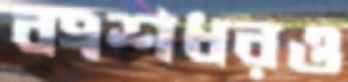
বংশধরও